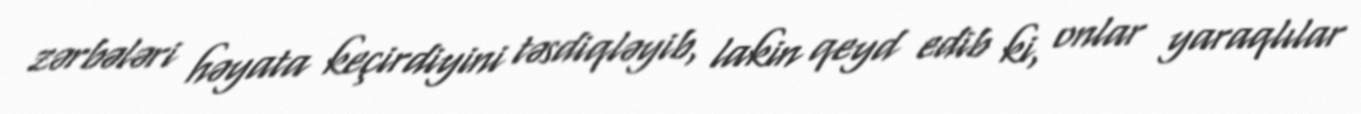
zərbələri həyata keçirdiyini təsdiqləyib, lakin qeyd edib ki, onlar yaraqlılar